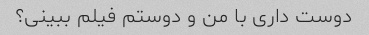
دوست داری با من و دوستم فیلم ببینی؟